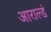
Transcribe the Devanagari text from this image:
आराल्डं